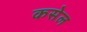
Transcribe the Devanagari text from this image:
कसेल